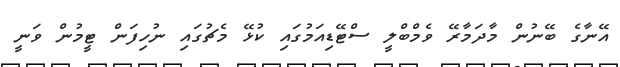
އޭނާގެ ބޭނުން މާދަމާރޭ ވެމްބްލީ ސްޓޭޑިއަމުގައި ކުޅޭ މެޗުގައި ނުހިފަން ޓީމުން ވަނީ